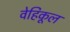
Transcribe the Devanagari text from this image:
वेहिकूल